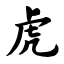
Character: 虎